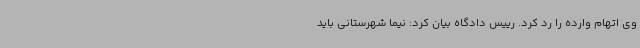
وی اتهام وارده را رد کرد. رییس دادگاه بیان کرد: نیما شهرستانی باید